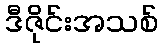
ဒီဇိုင်းအသစ်